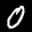
Label: 0